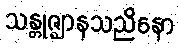
သန္တုဇ္ဈာနသညိနော